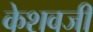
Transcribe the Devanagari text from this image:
केशवजी